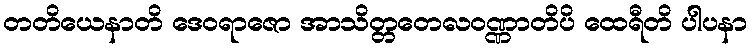
တတိယေနာတိ ဒေဝရာဇော အာသိတ္တတေလဝဏ္ဏာတိပိ ထေရီတိ ပါပနာ